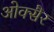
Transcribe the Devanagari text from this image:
ओक्सैर